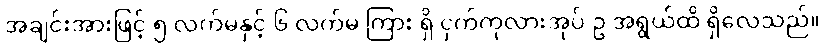
အချင်းအားဖြင့် ၅ လက်မနှင့် ၆ လက်မ ကြား ရှိ ငှက်ကုလားအုပ် ဥ အရွယ်ထိ ရှိလေသည်။